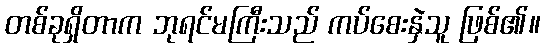
တစ်ခုရှိတာက ဘုရင်မကြီးသည် ကပ်စေးနှဲသူ ဖြစ်၏။